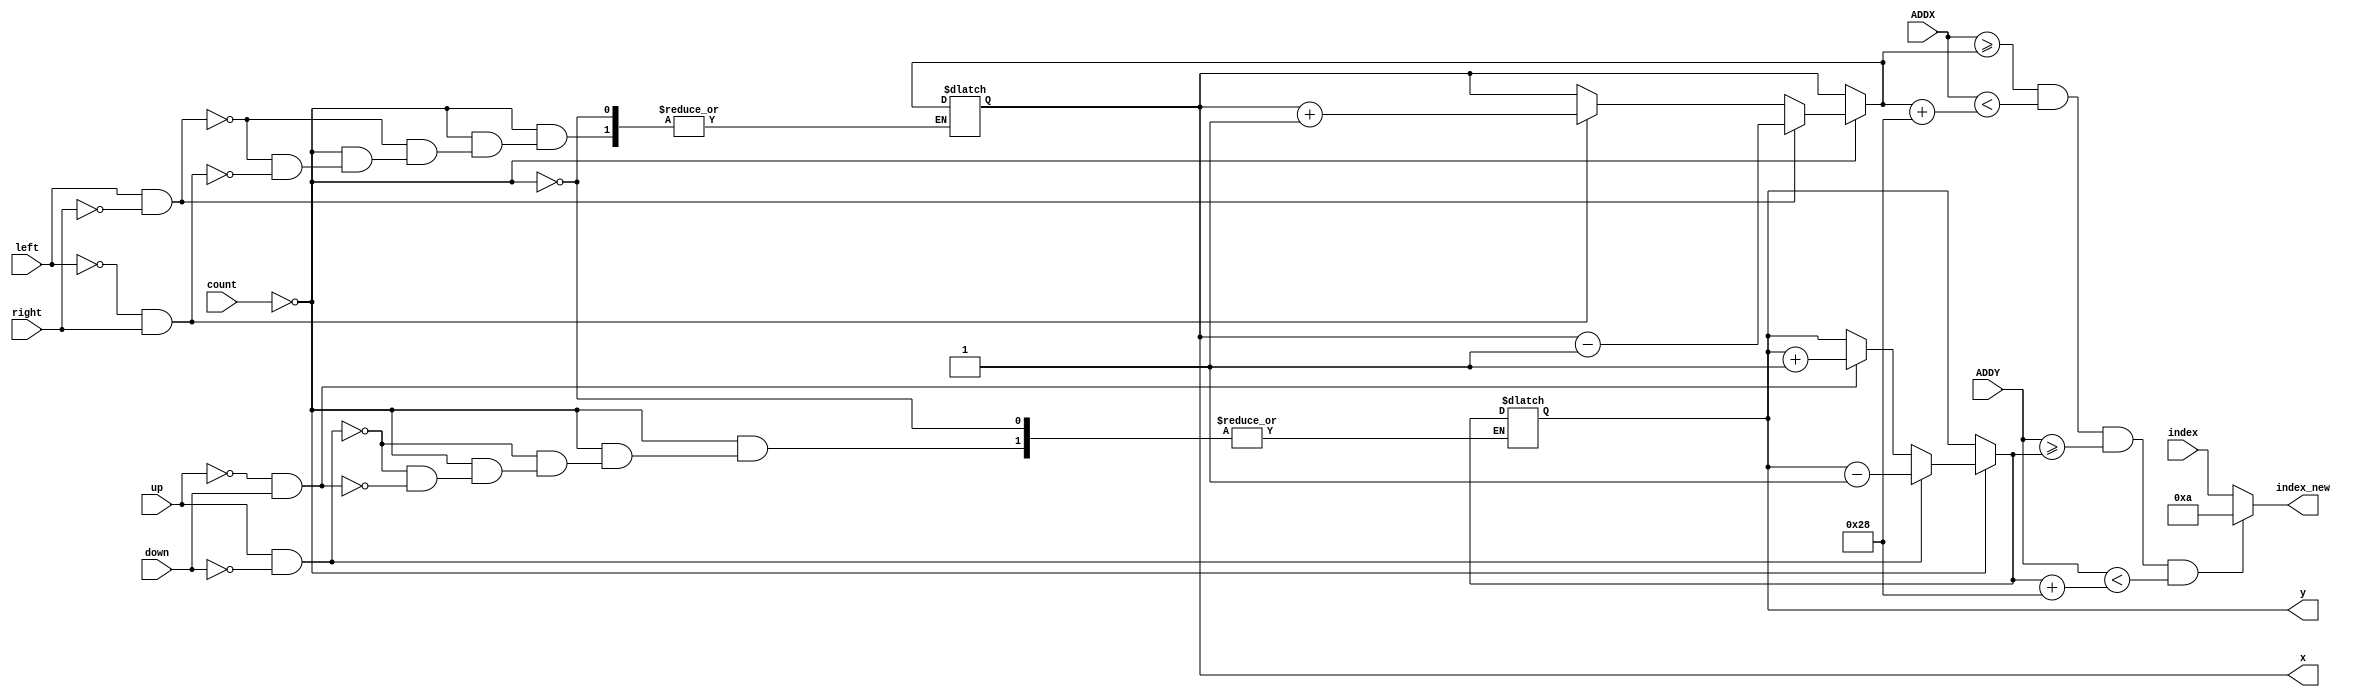
module setIndex(count, ADDX, ADDY, index, left, right, up, down, x, y, index_new);
	input[13:0] count;
	input[7:0] index;
	input left, right, up, down;
	input[9:0] ADDX, ADDY;
	output reg[9:0] x, y;
	output reg [7:0] index_new;
	
	always@(count) begin
		if(count == 0) begin
			if(left == 1 && right == 0) 
				x = x - 1;
			else if(left == 0 && right == 1)
				x = x + 1;
			if(up == 1 && down == 0)
				y = y - 1;
			else if(up == 0 && down == 1)
				y = y + 1;
		end
		
		if(ADDX >= x && ADDX < x+40 && ADDY >= y && ADDY < y+40)
			index_new = 10;
		else
			index_new = index;
	end
endmodule